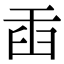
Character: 臿